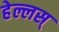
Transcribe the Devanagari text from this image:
हेल्लस्